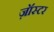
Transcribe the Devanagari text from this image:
ज़ॉस्टर